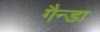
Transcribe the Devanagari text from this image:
गैन्डा